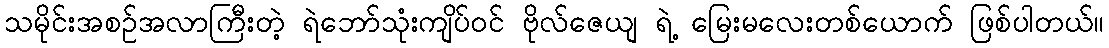
သမိုင်းအစဉ်အလာကြီးတဲ့ ရဲဘော်သုံးကျိပ်ဝင် ဗိုလ်ဇေယျ ရဲ့ မြေးမလေးတစ်ယောက် ဖြစ်ပါတယ်။